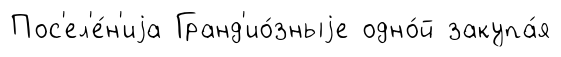
Пос'ел'е́н'иjа Гранд'ио́зныjе одно́й закупа́я